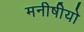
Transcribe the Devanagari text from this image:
मनीषीयो